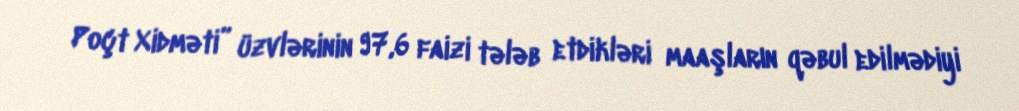
Poçt Xidməti” üzvlərinin 97,6 faizi tələb etdikləri maaşların qəbul edilmədiyi